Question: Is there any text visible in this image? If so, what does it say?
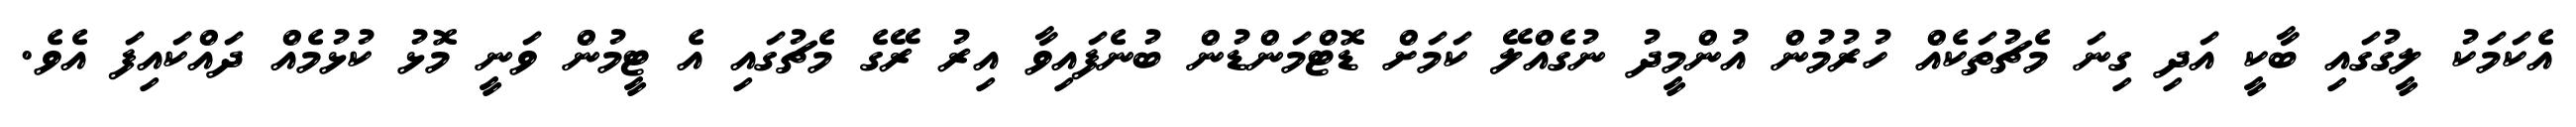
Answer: އެކަމަކު ލީގުގައި ބާކީ އަދި ގިނަ މެޗުތަކެއް ހުރުމުން އުންމީދު ނުގެއްލޭ ކަމަށް ޑޮޓްމަންޑުން ބުނެފައިވާ އިރު ރޭގެ މެޗުގައި އެ ޓީމުން ވަނީ މޮޅު ކުޅުމެއް ދައްކައިފަ އެވެ.